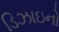
ડિઝાઇનો